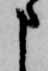
申